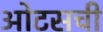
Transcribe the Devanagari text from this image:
ओटसची